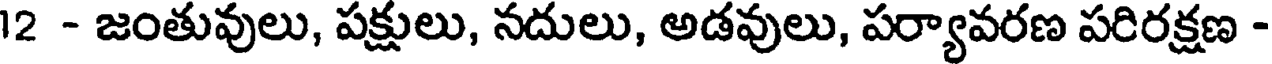
12 - జంతువులు, పక్షులు, నదులు, అడవులు, పర్యావరణ పరిరక్షణ -